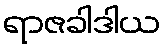
ရာဇခါဒါယ